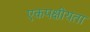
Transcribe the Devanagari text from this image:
एकपक्षीयता